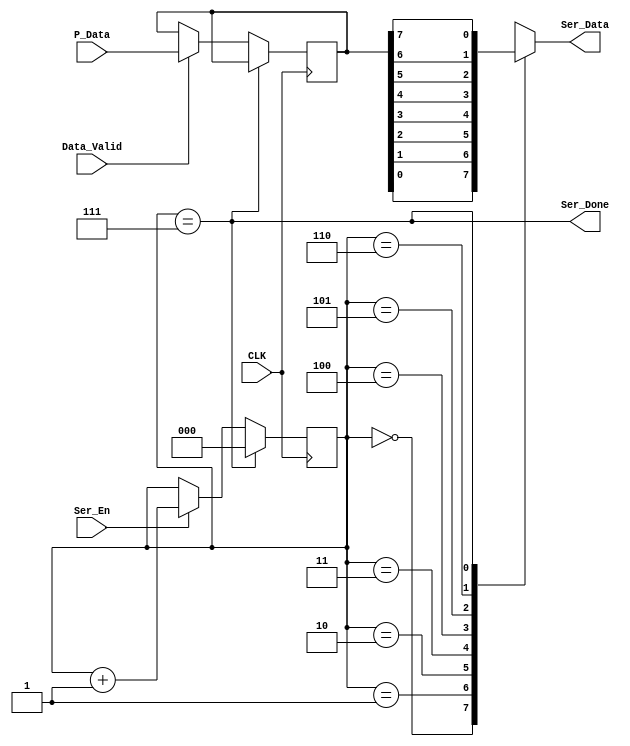
module Serializer #(parameter DATA_WIDTH = 8) (
    input Ser_En, Data_Valid, CLK,
    input [DATA_WIDTH-1:0] P_Data,
    output Ser_Done,
    output reg Ser_Data
);
    
    reg [DATA_WIDTH-1:0] Sampled_Data = 0;
    reg [2:0] counter = 3'b000;

    assign Ser_Done = (counter == DATA_WIDTH-1);

    always @(posedge CLK) begin
        if (Ser_Done) begin
            counter = 3'b000;
        end else begin
            if (Data_Valid)
                Sampled_Data = P_Data;
            if (Ser_En)
                counter = counter + 1;
        end
    end

    always @(*) begin
        case (counter)
            3'b000: Ser_Data = Sampled_Data[0];
            3'b001: Ser_Data = Sampled_Data[1];
            3'b010: Ser_Data = Sampled_Data[2];
            3'b011: Ser_Data = Sampled_Data[3];
            3'b100: Ser_Data = Sampled_Data[4];
            3'b101: Ser_Data = Sampled_Data[5];
            3'b110: Ser_Data = Sampled_Data[6];
            3'b111: Ser_Data = Sampled_Data[7];
            default: Ser_Data = 1'b1;
        endcase
    end

endmodule